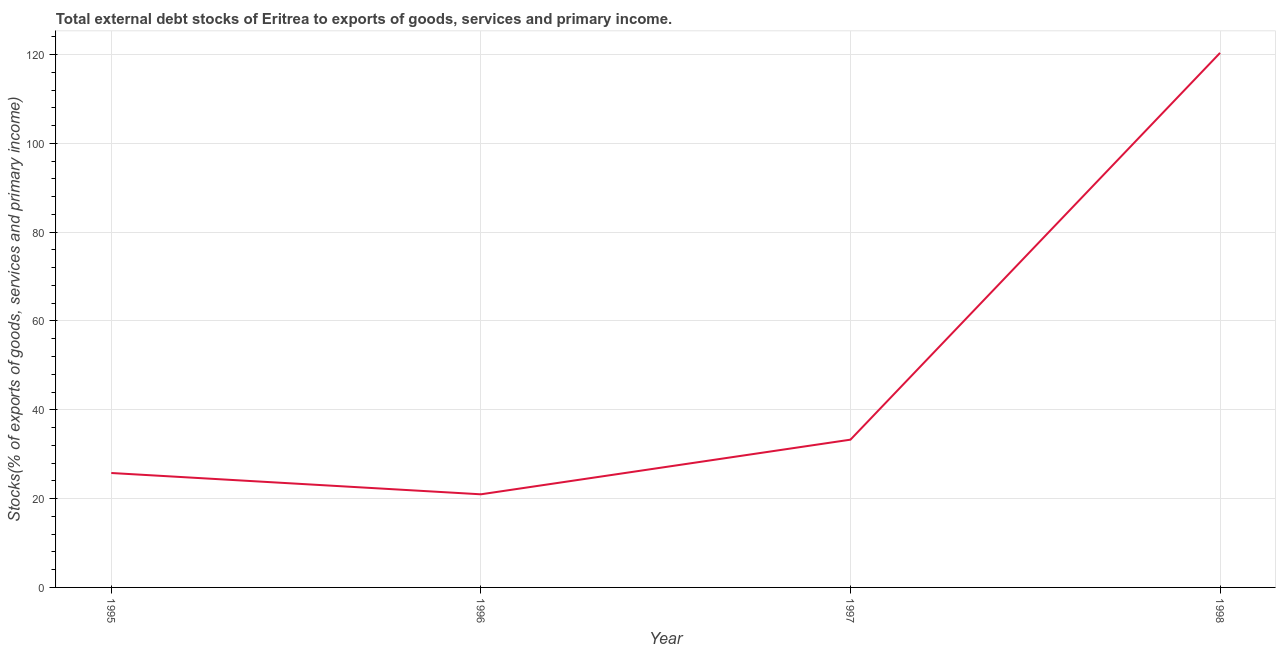
| Year | External debt stocks (% of exports of goods |
 | --- | --- |
 | 1995 | 25.8 |
 | 1996 | 21 |
 | 1997 | 33.3 |
 | 1998 | 120 |